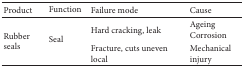
| Product | Function | Failure mode | Cause |
 | --- | --- | --- | --- |
 | <ROWSPAN=2> Rubber seals | <ROWSPAN=2> Seal | Hard cracking, leak | AgeingCorrosion |
 | Fracture, cuts uneven local | Mechanical injury |